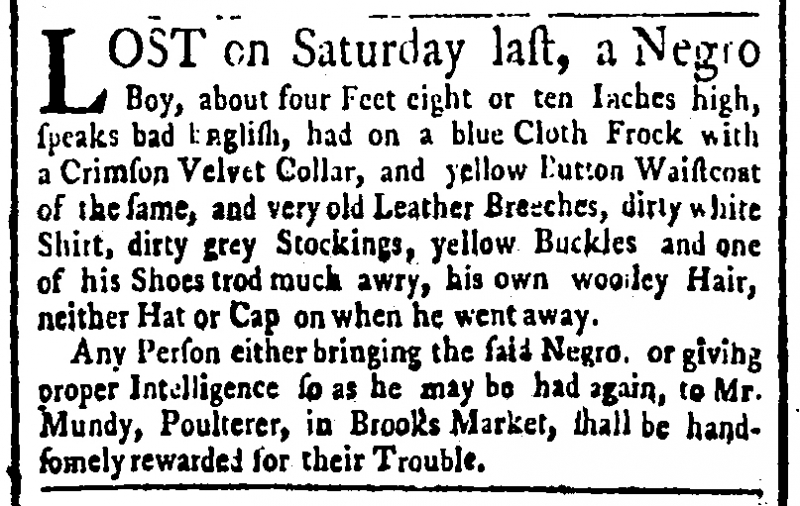
Public Advertiser, 8 October 1764 (England)
LOST on Saturday last, a Negro Boy, about four Feet eight or ten Inches high, speaks bad English, had on a blue Cloth Frock with a Crimson Velvet Collar, and yellow Button Waistcoat of the same, and very old Leather Breeches, dirty white Shirt, dirty grey Stockings, yellow Buckles and one of his Shoes trod much awry, his own wooley Hair, neither Hat or Cap on when he went away.  Any Person either bringing the said Negro, or giving proper Intelligence so as he may be had again, to Mr. Mundy, Poulterer, in Brooks Market, shall be handsomely rewarded for their Trouble.